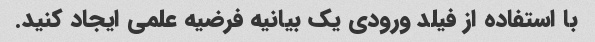
با استفاده از فیلد ورودی یک بیانیه فرضیه علمی ایجاد کنید.